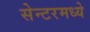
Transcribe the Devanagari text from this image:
सेन्टरमध्ये